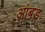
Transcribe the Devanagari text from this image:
आंबड